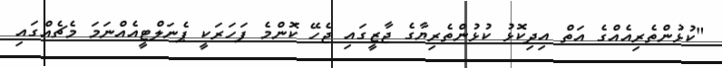
"ކުޅުންތެރިއެއްގެ އަތް އިދިކޮޅު ކުޅުންތެރިޔާގެ ޖާޒީގައި ޖެހޭ ކޮންމެ ފަހަރަކީ ޕެނަލްޓީއެއްނަމަ މެޗެއްގައި